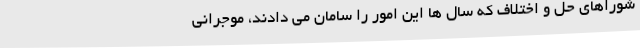
شوراهای حل و اختلاف که سال ها این امور را سامان می دادند، موجرانی